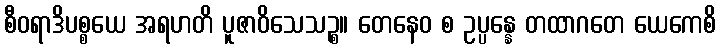
စီဝရာဒိပစ္စယေ အရဟတိ ပူဇာဝိသေသဉ္စ။ တေနေဝ စ ဥပ္ပန္နေ တထာဂတေ ယေကေစိ